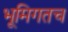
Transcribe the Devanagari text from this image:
भूमिगतच